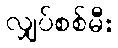
လျှပ်စစ်မီး